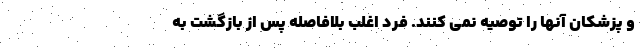
و پزشکان آنها را توصیه نمی کنند. فرد اغلب بلافاصله پس از بازگشت به